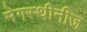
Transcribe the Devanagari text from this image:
मेगस्थीनीज